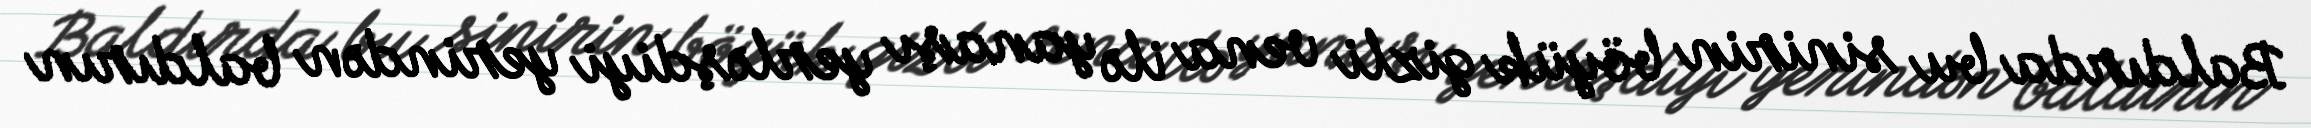
Baldırda bu sinirin böyük gizli vena ilə yanaşı yerləşdiyi yerindən baldırın